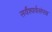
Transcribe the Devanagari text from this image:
सर्वैश्यर्वसंपन्न